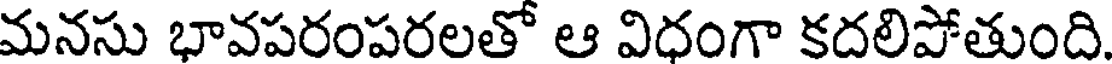
మనసు భావపరంపరలతో ఆ విధంగా కదలిపోతుంది